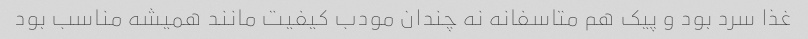
غذا سرد بود و پیک هم متاسفانه نه چندان مودب کیفیت مانند همیشه مناسب بود